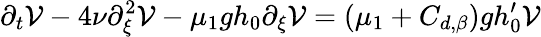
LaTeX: \partial_{t}\mathcal{V}-4\nu\partial_{\xi}^{2}\mathcal{V}-\mu_{1}gh_{0}\partial_{\xi}\mathcal{V}=(\mu_{1}+C_{d,\beta})gh_{0}^{\prime}\mathcal{V}